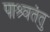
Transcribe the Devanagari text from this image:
पाश्र्वतंतु